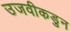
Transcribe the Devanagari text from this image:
उजवीकडुन